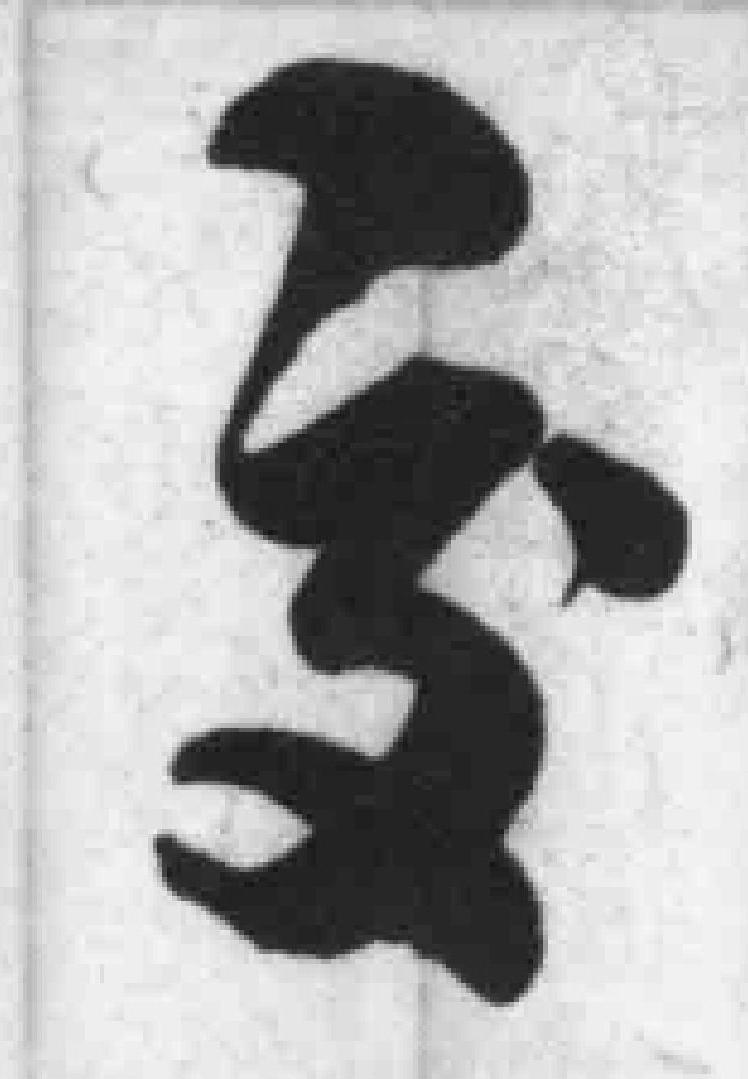
交